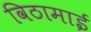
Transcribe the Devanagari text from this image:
विठामाई